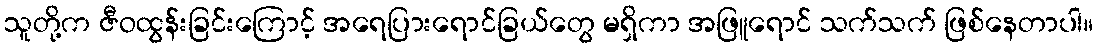
သူတို့က ဇီဝထွန်းခြင်းကြောင့် အရေပြားရောင်ခြယ်တွေ မရှိကာ အဖြူရောင် သက်သက် ဖြစ်နေတာပါ။